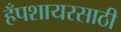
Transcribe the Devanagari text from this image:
हँपशायरसाठी